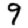
Digit: 9